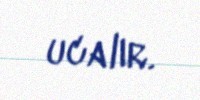
ucalır.